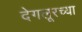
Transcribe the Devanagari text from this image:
देगलूरच्या